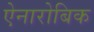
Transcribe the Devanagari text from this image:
ऐनारोबिक